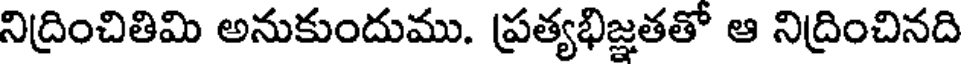
నిద్రించితిమి అనుకుందుము. ప్రత్యభిజ్ఞతతో ఆ నిద్రించినది